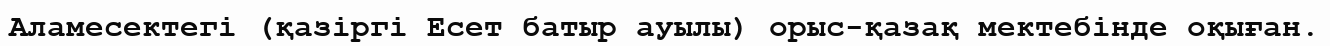
Аламесектегі (қазіргі Есет батыр ауылы) орыс-қазақ мектебінде оқыған.